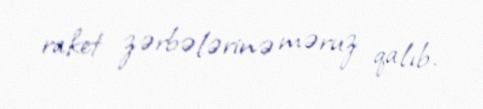
raket zərbələrinə məruz qalıb.